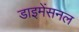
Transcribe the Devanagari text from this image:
डाइमेंसनल